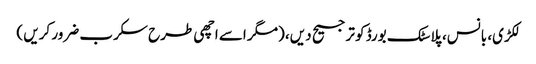
لکڑی، بانس، پلاسٹک بورڈ کو ترجیح دیں، (مگر اسے اچھی طرح سکرب ضرور کریں )